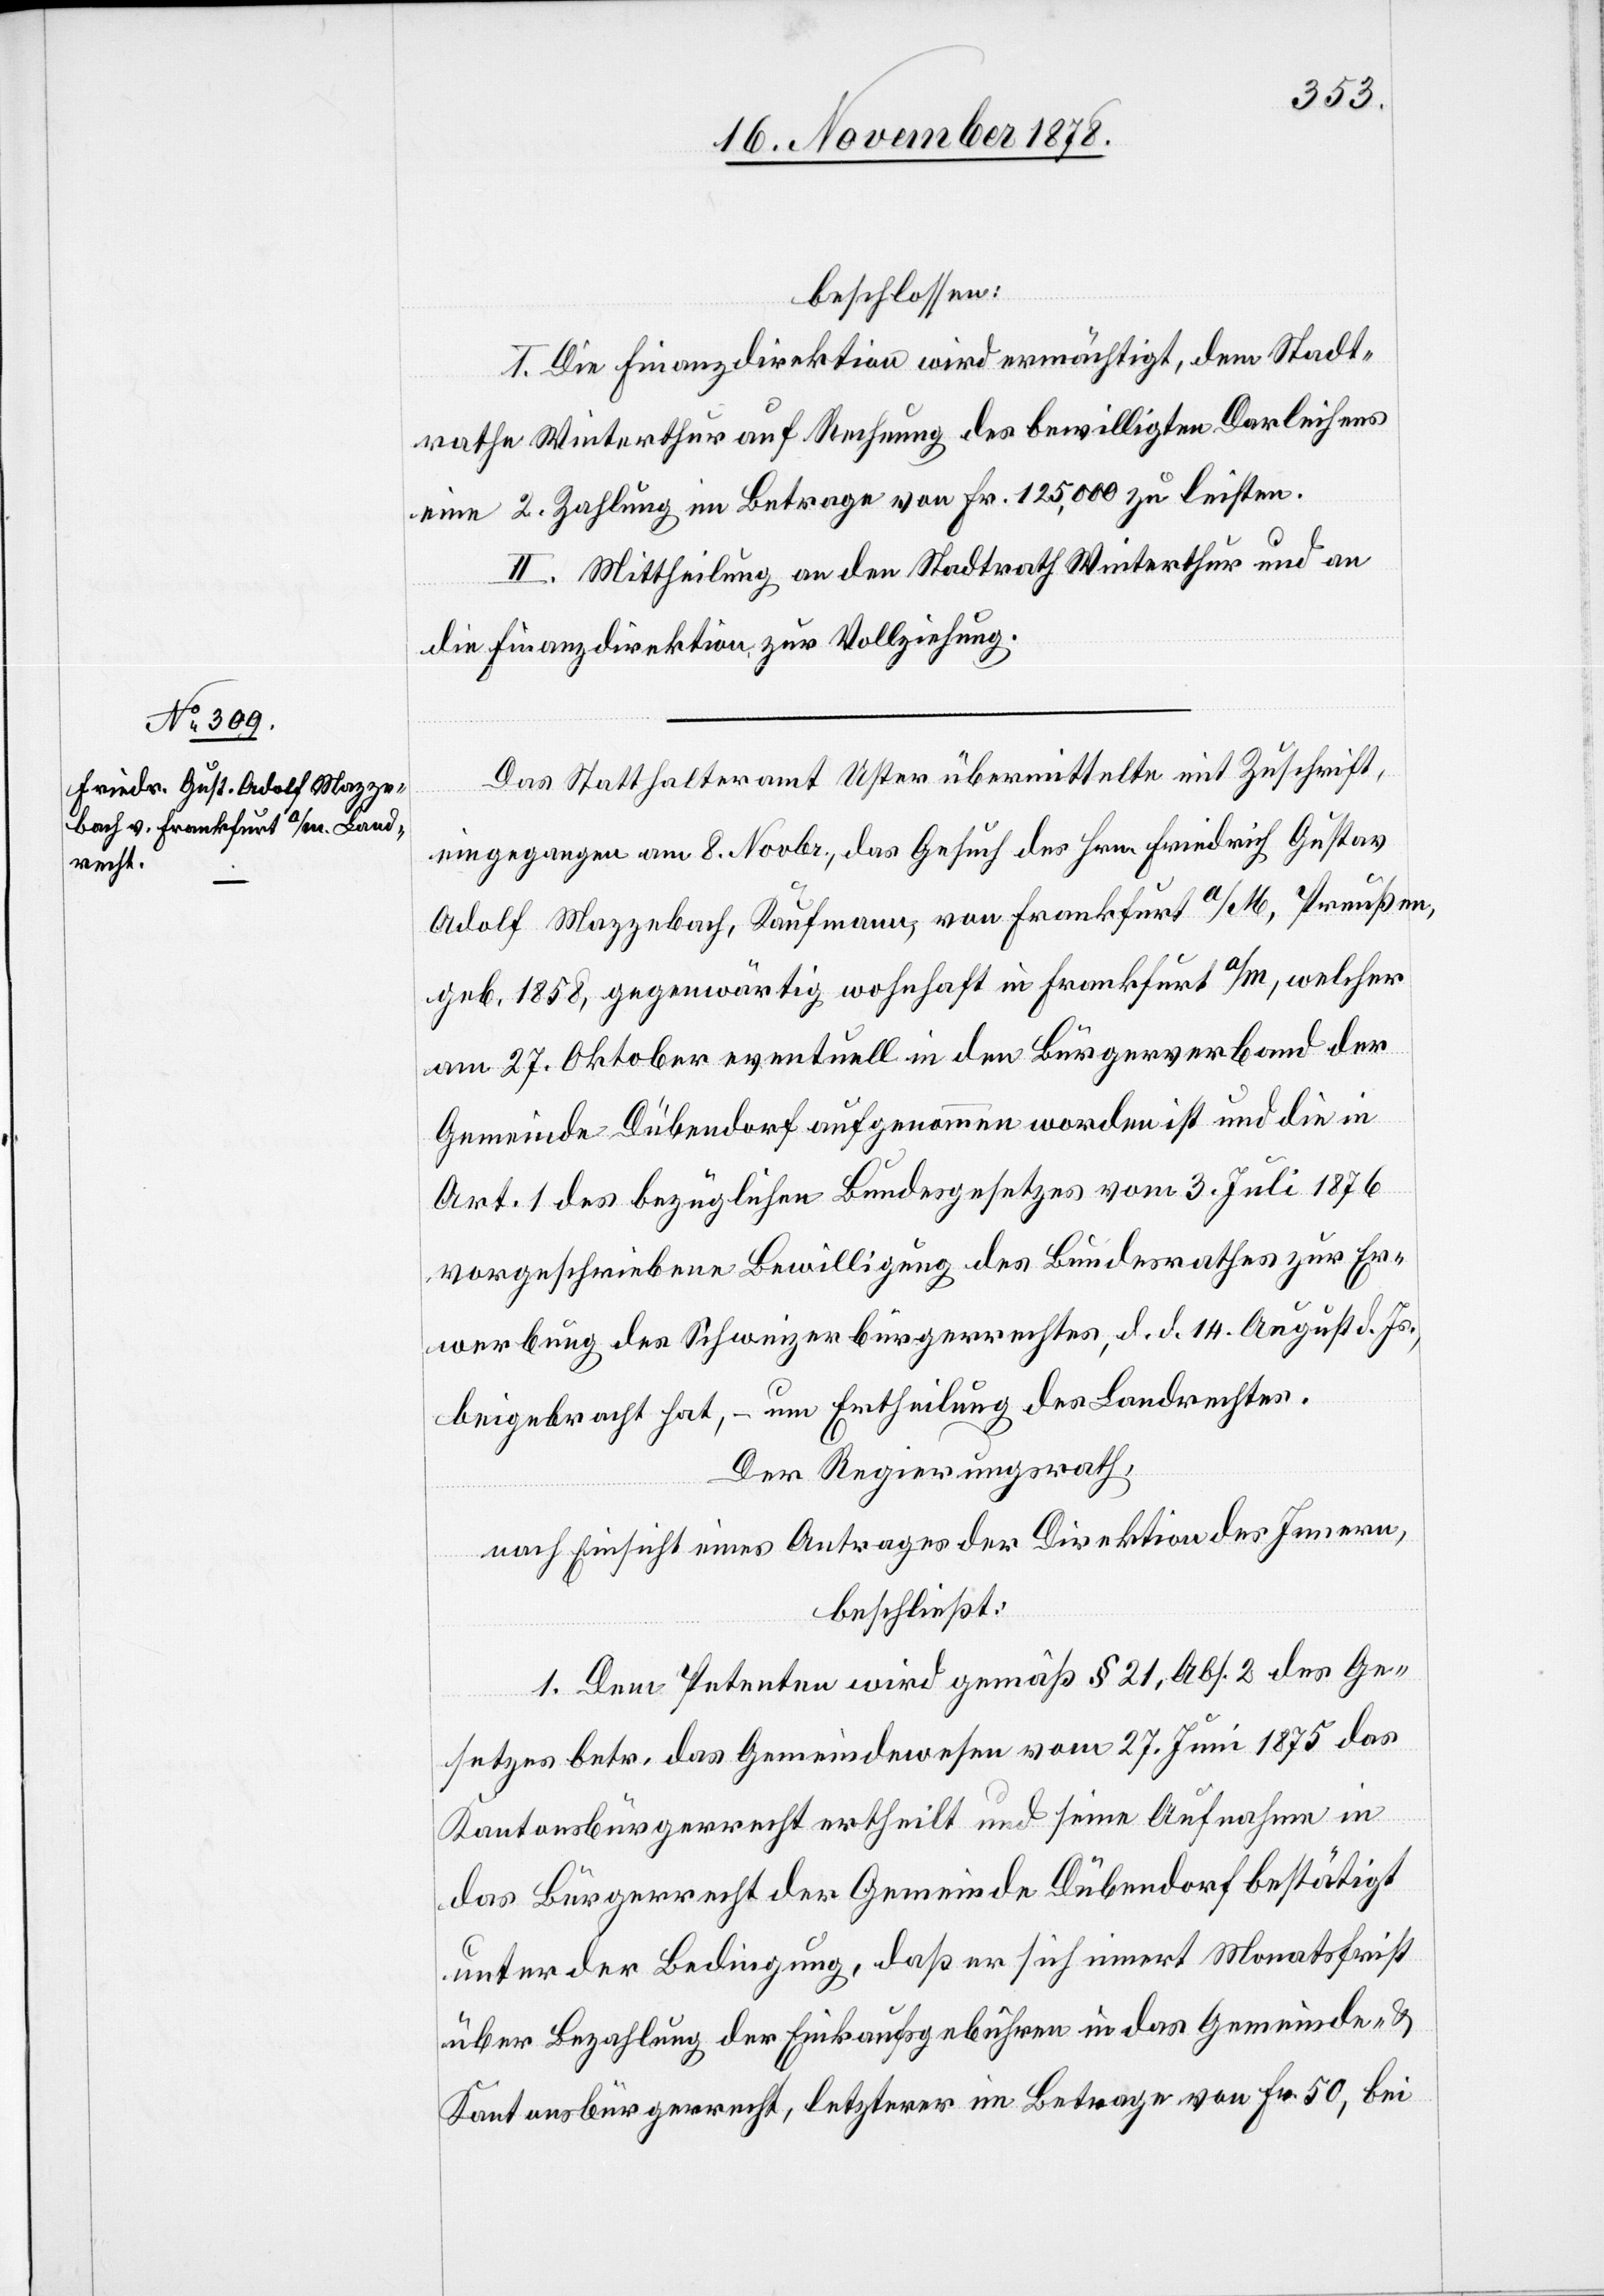
beschlossen:
I. Die Finanzdirektion wird ermächtigt, dem Stadt¬
rathe Winterthur auf Rechnung des bewilligten Darleiehns
eine 2. Zahlung im Betrage von Fr. 125,000 zu leisten.
II. Mittheilung an den Stadtrath Winterthur und an
die Finanzdirektion zur Vollziehung.
Das Statthalteramt Uster übermittelte mit Zuschrift,
eingegangen am 8. Novbr., das Gesuch des Hrn. Friedrich Gustav
Adolf Mazzebach, Kaufmann, von Frankfurt a/M, Preußen,
geb. 1858, gegenwärtig wohnhaft in Frankfurt a/m, welcher
am 27. Oktober eventuell in den Bürgerverband der
Gemeinde Dübendorf aufgenommen worden ist und die in
Art. 1 des bezüglichen Bundesgesetzes vom 3. Juli 1876
vorgeschriebene Bewilligung des Bundesrathes zur Er¬
werbung des Schweizerbürgerrechtes, d. d. 14. August d. Js.,
beigebracht hat, – um Ertheilung des Landrechtes.
Der Regierungsrath,
nach Einsicht eines Antrages der Direktion des Innern,
beschließt:
1. Dem Petenten wird gemäß § 21, Abs. 2 des Ge¬
setzes betr. das Gemeindewesen vom 27. Juni 1875 das
Kantonsbürgerrecht ertheilt und seine Aufnahme in
das Bürgerrecht der Gemeinde Dübendorf bestätigt
unter der Bedingung, daß er sich innert Monatsfrist
über Bezahlung der Einkaufsgebühren in das Gemeinde- &
Kantonsbürgerrecht, letzterer im Betrage von Fr. 50, bei